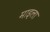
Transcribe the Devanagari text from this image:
माइला